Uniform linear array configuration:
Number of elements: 32
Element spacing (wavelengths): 0.75
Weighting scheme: blackman
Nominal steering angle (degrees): -15
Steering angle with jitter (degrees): -14.565
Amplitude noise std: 0.05
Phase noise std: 0.05

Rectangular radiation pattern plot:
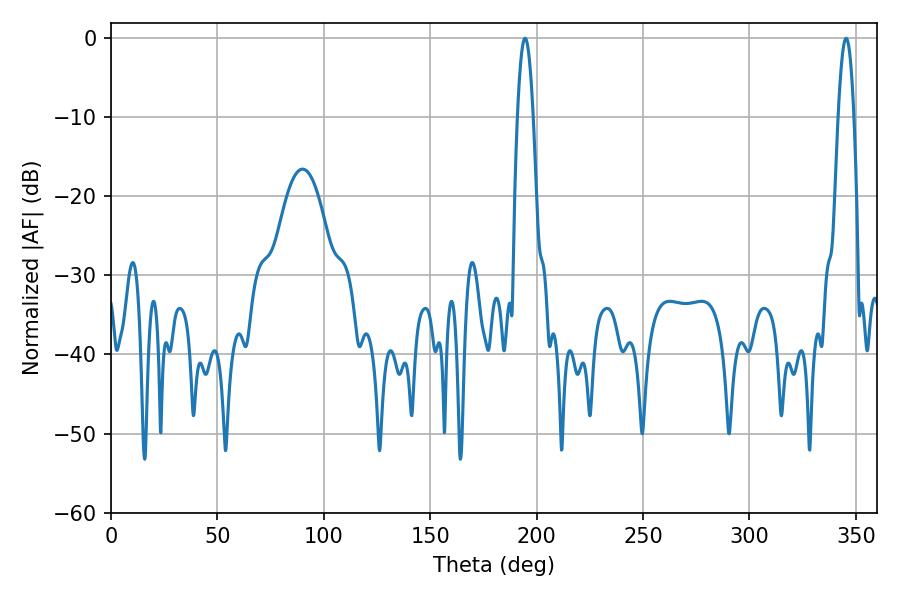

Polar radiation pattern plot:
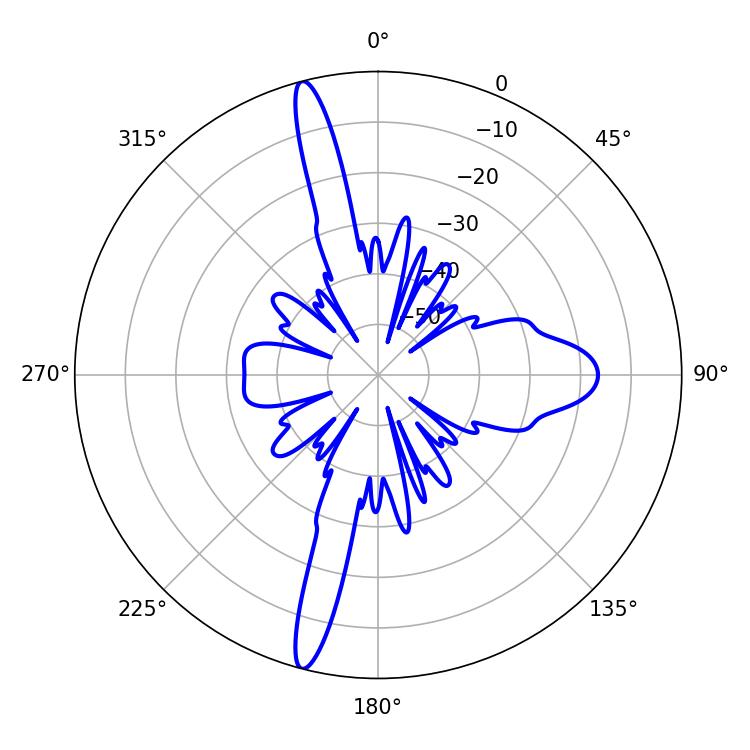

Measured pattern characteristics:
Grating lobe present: TRUE
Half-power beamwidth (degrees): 3.96
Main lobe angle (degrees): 194.58